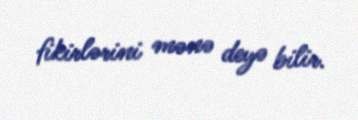
fikirlərini mənə deyə bilir.